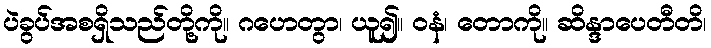
ပဲခွပ်အစရှိသည်တို့ကို။ ဂဟေတွာ၊ ယူ၍။ ဝနံ၊ တောကို။ ဆိန္ဒာပေတီတိ၊